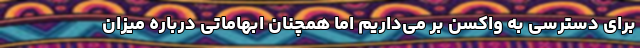
برای دسترسی به واکسن بر می‌داریم اما همچنان ابهاماتی درباره میزان